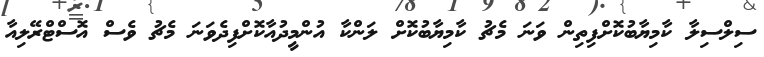
ސިލްސިލާ ކާމިޔާބުކޮށްފިތިން ވަނަ މެޗު ކާމިޔާބުކޮށް ލަންކާ އުންމީދުއާކޮށްފިދެވަނަ މެޗު ވެސް އޮސްޓްރޭލިއާ